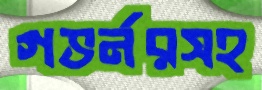
গভর্নরসহ